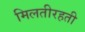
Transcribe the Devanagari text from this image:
मिलतीरहती